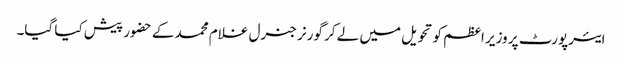
ایئرپورٹ پر وزیر اعظم کو تحویل میں لے کر گورنر جنرل غلام محمد کے حضور پیش کیا گیا۔